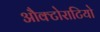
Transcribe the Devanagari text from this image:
औक्टोराटियो